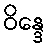
ဝိန္ဒေ